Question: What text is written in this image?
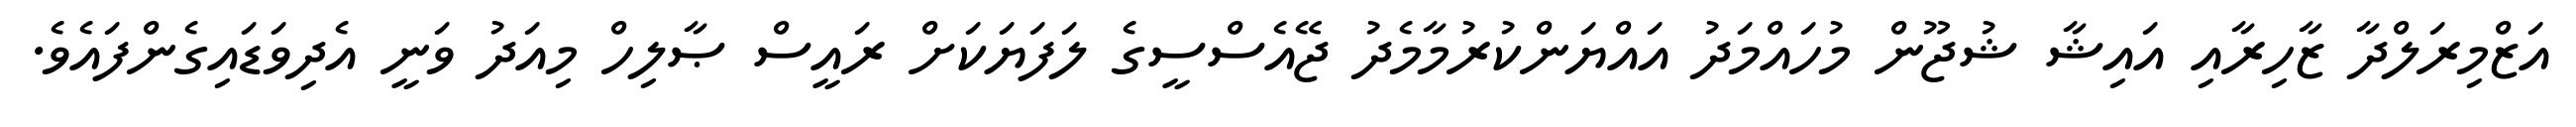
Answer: އަޒްމިރަލްދާ ޒާހިރާއި އައިޝާ ޝުޖޫން މުހައްމަދު އައްޔަންކުރުމާމެދު ޖޭއެސްސީގެ ލަފަޔަކަށް ރައީސް ޞާލިހް މިއަދު ވަނީ އެދިވަޑައިގެންފައެވެ.